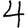
Digit: 4